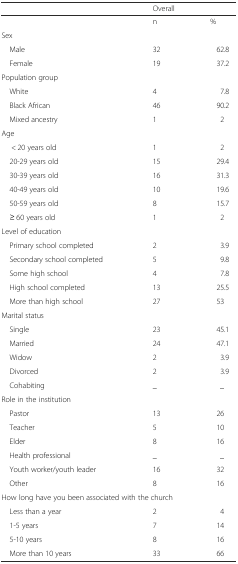
<table><thead><tr><td></td><td colspan="2"><b>Overall</b></td></tr></thead><tbody><tr><td></td><td>n</td><td>%</td></tr><tr><td colspan="3">Sex</td></tr><tr><td> Male</td><td>32</td><td>62.8</td></tr><tr><td> Female</td><td>19</td><td>37.2</td></tr><tr><td colspan="3">Population group</td></tr><tr><td> White</td><td>4</td><td>7.8</td></tr><tr><td> Black African</td><td>46</td><td>90.2</td></tr><tr><td> Mixed ancestry</td><td>1</td><td>2</td></tr><tr><td>Age</td><td></td><td></td></tr><tr><td>&lt; 20 years old</td><td>1</td><td>2</td></tr><tr><td> 20-29 years old</td><td>15</td><td>29.4</td></tr><tr><td> 30-39 years old</td><td>16</td><td>31.3</td></tr><tr><td> 40-49 years old</td><td>10</td><td>19.6</td></tr><tr><td> 50-59 years old</td><td>8</td><td>15.7</td></tr><tr><td> ≥ 60 years old</td><td>1</td><td>2</td></tr><tr><td colspan="3">Level of education</td></tr><tr><td> Primary school completed</td><td>2</td><td>3.9</td></tr><tr><td> Secondary school completed</td><td>5</td><td>9.8</td></tr><tr><td> Some high school</td><td>4</td><td>7.8</td></tr><tr><td> High school completed</td><td>13</td><td>25.5</td></tr><tr><td> More than high school</td><td>27</td><td>53</td></tr><tr><td colspan="3">Marital status</td></tr><tr><td> Single</td><td>23</td><td>45.1</td></tr><tr><td> Married</td><td>24</td><td>47.1</td></tr><tr><td> Widow</td><td>2</td><td>3.9</td></tr><tr><td> Divorced</td><td>2</td><td>3.9</td></tr><tr><td> Cohabiting</td><td>_</td><td>_</td></tr><tr><td colspan="3">Role in the institution</td></tr><tr><td> Pastor</td><td>13</td><td>26</td></tr><tr><td> Teacher</td><td>5</td><td>10</td></tr><tr><td> Elder</td><td>8</td><td>16</td></tr><tr><td> Health professional</td><td>_</td><td>_</td></tr><tr><td> Youth worker/youth leader</td><td>16</td><td>32</td></tr><tr><td> Other</td><td>8</td><td>16</td></tr><tr><td colspan="3">How long have you been associated with the church</td></tr><tr><td> Less than a year</td><td>2</td><td>4</td></tr><tr><td> 1-5 years</td><td>7</td><td>14</td></tr><tr><td> 5-10 years</td><td>8</td><td>16</td></tr><tr><td> More than 10 years</td><td>33</td><td>66</td></tr></tbody></table>